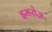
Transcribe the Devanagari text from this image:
इमरोज़